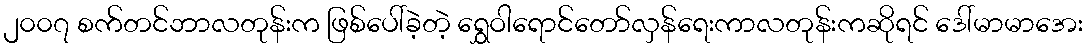
၂၀၀၇ စက်တင်ဘာလတုန်းက ဖြစ်ပေါ်ခဲ့တဲ့ ရွှေဝါရောင်တော်လှန်ရေးကာလတုန်းကဆိုရင် ဒေါ်မာမာအေး